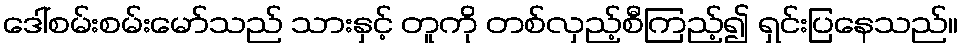
ဒေါ်စမ်းစမ်းမော်သည် သားနှင့် တူကို တစ်လှည့်စီကြည့်၍ ရှင်းပြနေသည်။